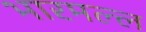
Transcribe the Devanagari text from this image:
भारमल्ल